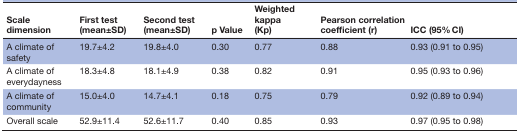
| Scale dimension | First test (mean±SD) | Second test (mean±SD) | p Value | Weighted kappa (Kp) | Pearson correlation coefficient (r) | ICC (95% CI) |
 | --- | --- | --- | --- | --- | --- | --- |
 | A climate of safety | 19.7±4.2 | 19.8±4.0 | 0.30 | 0.77 | 0.88 | 0.93 (0.91 to 0.95) |
 | A climate of everydayness | 18.3±4.8 | 18.1±4.9 | 0.38 | 0.82 | 0.91 | 0.95 (0.93 to 0.96) |
 | A climate of community | 15.0±4.0 | 14.7±4.1 | 0.18 | 0.75 | 0.79 | 0.92 (0.89 to 0.94) |
 | Overall scale | 52.9±11.4 | 52.6±11.7 | 0.40 | 0.85 | 0.93 | 0.97 (0.95 to 0.98) |